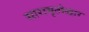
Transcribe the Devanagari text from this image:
सारामृतोद्धार